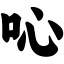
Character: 吣